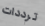
ترددات